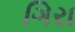
ગિરા